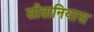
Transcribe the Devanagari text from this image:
सीतानिवास